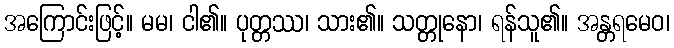
အကြောင်းဖြင့်။ မမ၊ ငါ၏။ ပုတ္တဿ၊ သား၏။ သတ္တုနော၊ ရန်သူ၏။ အန္တရမေဝ၊